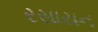
રસાયન